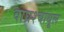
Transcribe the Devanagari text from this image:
वाघ्रश्चाधूल